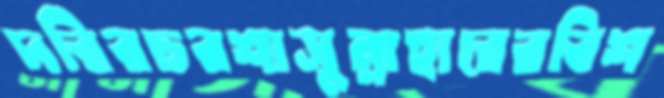
দরিরচরশাসুন্নাহারেরবিশ